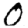
Digit: 0